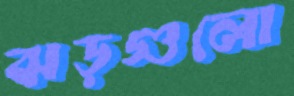
ঝড়গুলো